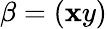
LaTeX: \beta=(\mathbf{x}y)